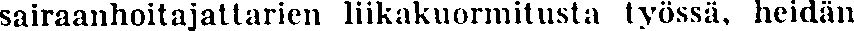
sairaanhoitajattarien liikakuormitusta työssä, heidän